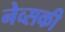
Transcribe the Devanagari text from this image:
नेव्सकी